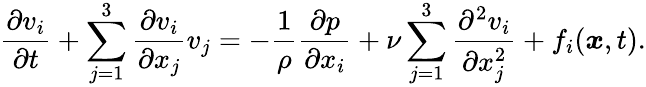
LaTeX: {\frac{\partial v_{i}}{\partial t}}+\sum_{j=1}^{3}{\frac{\partial v_{i}}{\partial x_{j}}}v_{j}=-{\frac{1}{\rho}}{\frac{\partial p}{\partial x_{i}}}+\nu\sum_{j=1}^{3}{\frac{\partial^{2}v_{i}}{\partial x_{j}^{2}}}+f_{i}({\boldsymbol{x}},t).